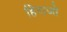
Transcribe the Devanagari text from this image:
हिराजो